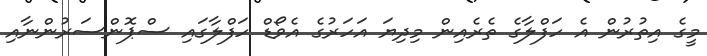
މީގެ އިތުރުން އެ ހަފްލާގެ ތެރެއިން މިދިޔަ އަހަރުގެ އެވޯޑް ހަފްލާގައި ސްޕޮންސަރުންނާއި